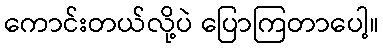
ကောင်းတယ်လို့ပဲ ပြောကြတာပေါ့။